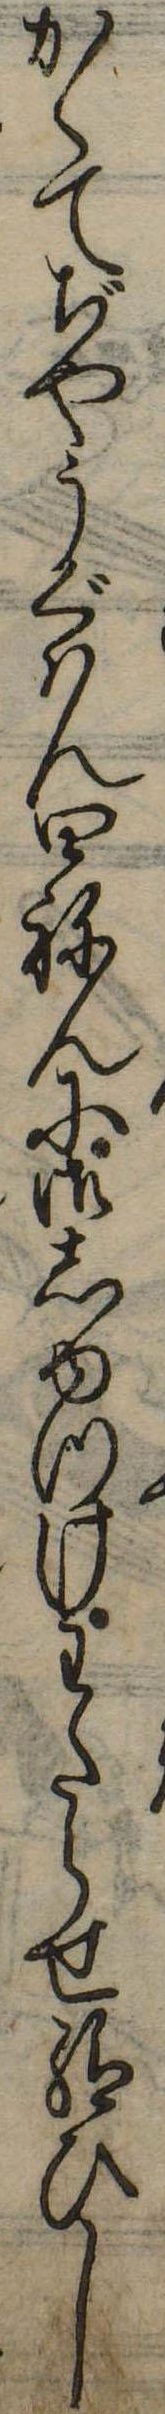
かくてぢやうぐはん四ねんに御しゆつけわたらせ給ひし